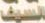
السيف